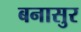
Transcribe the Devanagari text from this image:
बनासुर